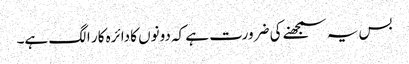
بس یہ سمجھنے کی ضرورت ہے کہ دونوں کا دائرہ کار الگ ہے۔